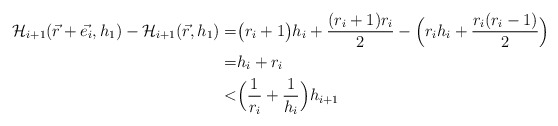
\begin{align*}\mathcal{H}_{i+1}(\vec{r}+\vec{e_i},h_1) - \mathcal{H}_{i+1}(\vec{r},h_1) =& \big( r_i+1 \big) h_i + \frac{(r_i+1)r_i}{2} - \Big( r_i h_i + \frac{r_i(r_i-1)}{2} \Big) \\ =& h_i + r_i \\ <& \Big( \frac{1}{r_i} + \frac{1}{h_i} \Big) h_{i+1} \end{align*}